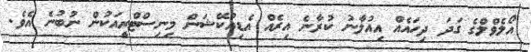
އޯލެވްލްގެ ގަދަ ދިހައެއް އިއުލާނު ކުރާނެ އިރެއް އެޑިއުކޭޝަން މިނިސްޓްރީއަކުން ނުބުނެ އެވެ.